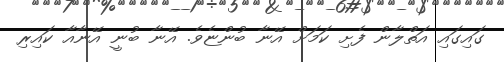
ގައިގައި އަތްލާން ފެށި ކަމަށް އޭނާ ބުންޏެވެ. އޭނާ ބުނީ އޭނާއާ ކައިރި